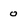
Character: 0